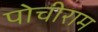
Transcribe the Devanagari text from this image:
पोचीराम